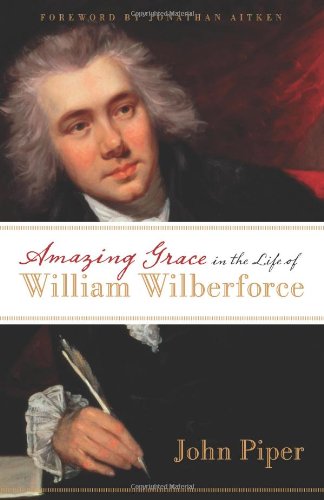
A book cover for Amazing Grace in the Life of William Wilberforce; John Piper; History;